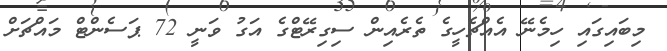
މިބައިގައި ހިމެނޭ އެއްޗެހީގެ ތެރެއިން ސިގިރޭޓްގެ އަގު ވަނީ 72 ޕަސެންޓް މައްޗަށް